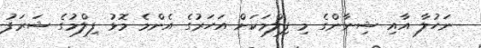
ނަހުލާ އާއި ޝިނާންގެ މި ފިލްމަކަށް އަހަރުގެ އެންމެ މޮޅު ފިލްމުގެ ޝަރަފު